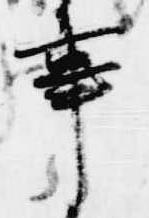
事